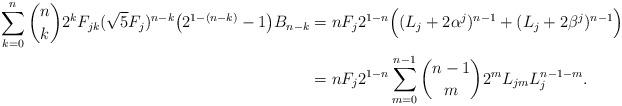
LaTeX: \begin{align*}\sum_{k=0}^{n} {n\choose k} 2^k F_{jk} (\sqrt{5}F_j)^{n-k} \big ( 2^{1-(n-k)} - 1 \big ) B_{n-k} & = n F_j 2^{1-n} \Big ( (L_j + 2\alpha^j)^{n-1} + (L_j + 2\beta^j )^{n-1}\Big ) \\& = n F_j 2^{1-n} \sum_{m=0}^{n-1} {n-1\choose m} 2^m L_{jm} L_j^{n-1-m}.\end{align*}